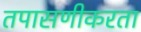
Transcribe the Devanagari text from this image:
तपासणीकरता